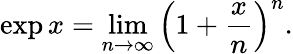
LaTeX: \exp x=\operatorname*{lim}_{n\to\infty}\left(1+{\frac{x}{n}}\right)^{n}.